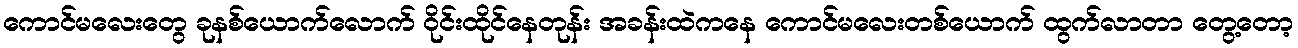
ကောင်မလေးတွေ ခုနစ်ယောက်လောက် ဝိုင်းထိုင်နေတုန်း အခန်းထဲကနေ ကောင်မလေးတစ်ယောက် ထွက်လာတာ တွေ့တော့